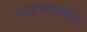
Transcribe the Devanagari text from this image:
टाइम्समधील